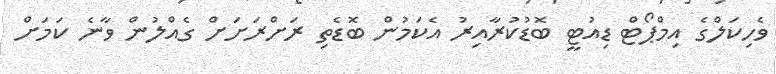
ވެހިކަލްގެ އިމްޕޯޓް ޑިއުޓީ ބޮޑުކުރާއިރު އެކަމުން ބޮޑެތި ރަށްރަށަށް ގެއްލުން ވާނެ ކަމަށް